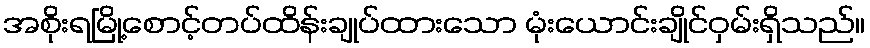
အစိုးရမြို့စောင့်တပ်ထိန်းချုပ်ထားသော မုံးယောင်းချိုင်ဝှမ်းရှိသည်။